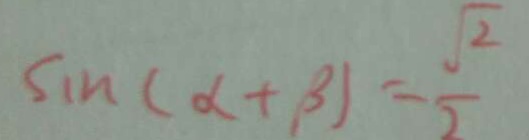
\sin ( \alpha + \beta ) = \frac { \sqrt { 2 } } { 2 }